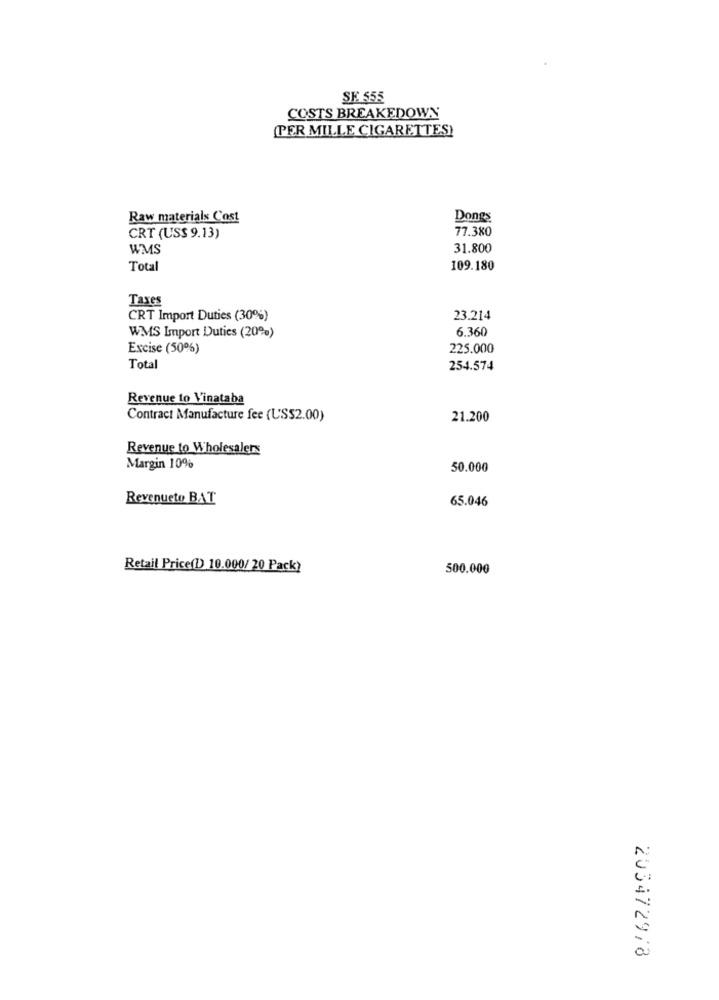
SE 555
COSTS BREAKEDOWN
(PER MILLE CIGARETTES)
Raw materials Cost
Dongs
77.380
CRT (US$ 9.13)
WMS
31.800
Total
109.180
Taxes
CRT Import Duties (30%)
23.214
WMS Import Duties (20%)
6.360
Excise (50%)
225.000
Total
254.574
Revenue to Vinataba
Contract Manufacture fee (US$2.00)
21.200
Revenue to Wholesalers
Margin 10%
50.000
Revenueto BAT
65.046
Retail Price(D) 10.000/ 20 Pack?
500.000
2034729/8